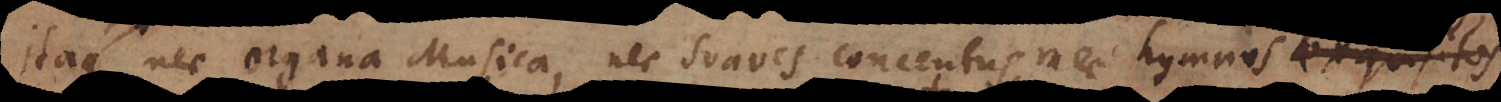
Itaque nec organa Musica, nec suaves concentus, nec hymnos exquisitos